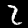
Digit: 2